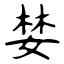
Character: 婪